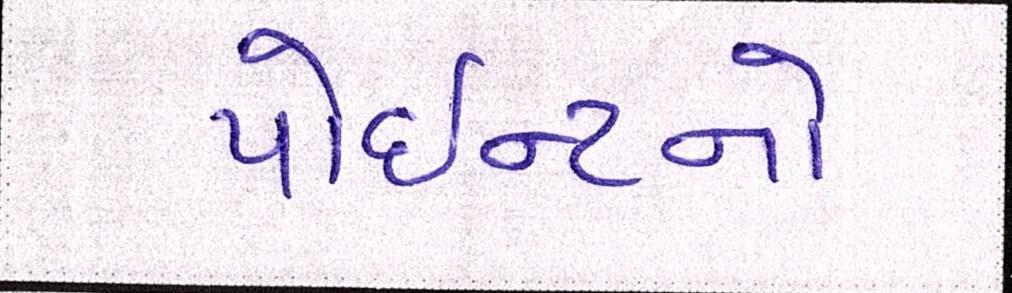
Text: પોઇન્ટનો